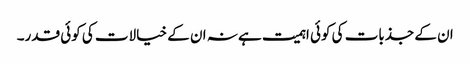
ان کے جذبات کی کوئی اہمیت ہے نہ ان کے خیالات کی کوئی قدر۔